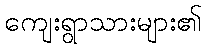
ကျေးရွာသားများ၏